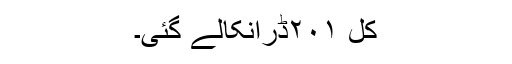
کُل ۲۰۱ڈرانکالے گئی۔